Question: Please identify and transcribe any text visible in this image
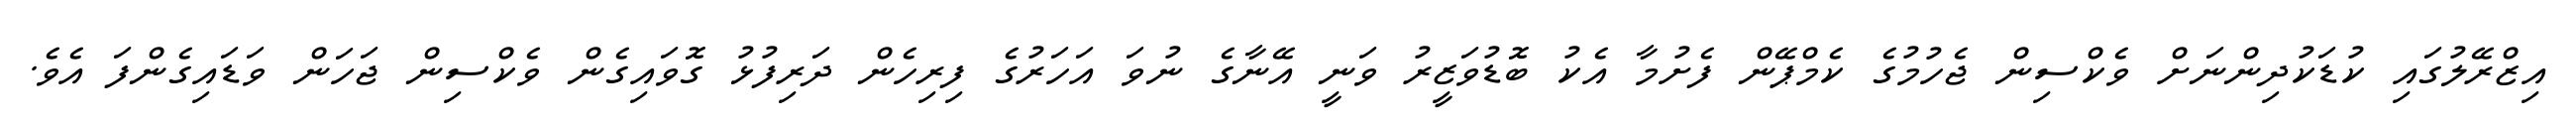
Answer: އިޒްރޭލުގައި ކުޑަކުދިންނަށް ވެކްސިން ޖެހުމުގެ ކެމްޕޭން ފެށުމާ އެކު ބޮޑުވަޒީރު ވަނީ އޭނާގެ ނުވަ އަހަރުގެ ފިރިހެން ދަރިފުޅު ގޮވައިގެން ވެކްސިން ޖަހަން ވަޑައިގެންފަ އެވެ.